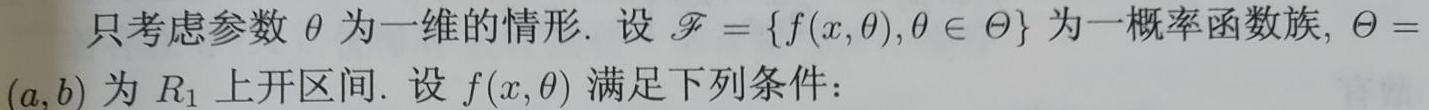
只考虑参数 $\theta$ 为一维的情形. 设 $\mathscr{F}=\{f(x,\theta),\theta\in\Theta\}$ 为一概率函数族, $\Theta = (a,b)$ 为 $R_1$ 上开区间. 设 $f(x,\theta)$ 满足下列条件：